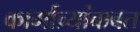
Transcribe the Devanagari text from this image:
कार्माच्र्यांबाबत